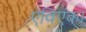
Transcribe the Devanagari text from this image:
एविएंका